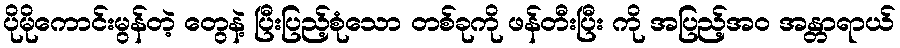
ပိုမိုကောင်းမွန်တဲ့ တွေနဲ့ ပြီးပြည့်စုံသော တစ်ခုကို ဖန်တီးပြီး ကို အပြည့်အ၀ အန္တာရာယ်